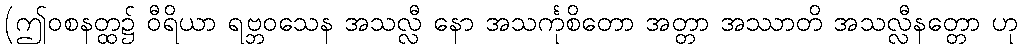
(ဤဝစနတ္ထ၌ ဝီရိယာ ရဗ္ဘဝသေန အသလ္လီ နော အသင်္ကုစိတော အတ္တာ အဿာတိ အသလ္လီနတ္တော ဟု